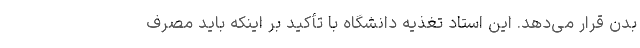
بدن قرار می‌دهد. این استاد تغذیه دانشگاه با تأکید بر اینکه باید مصرف